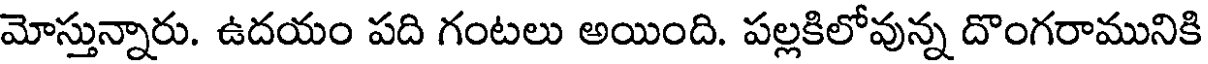
మోస్తున్నారు. ఉదయం పది గంటలు అయింది. పల్లకిలోవున్న దొంగరామునికి